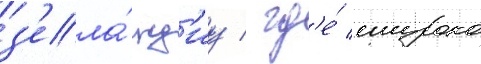
з'ела́нд'иу / гд'е́ широко